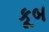
કૂબ